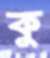
কু